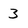
Character: 3